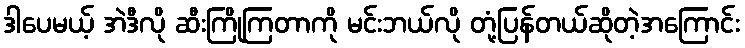
ဒါပေမယ့် အဲဒီလို ဆီးကြိုကြတာကို မင်းဘယ်လို တုံ့ပြန်တယ်ဆိုတဲ့အကြောင်း